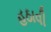
હઠાવી